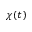
\chi ( t )